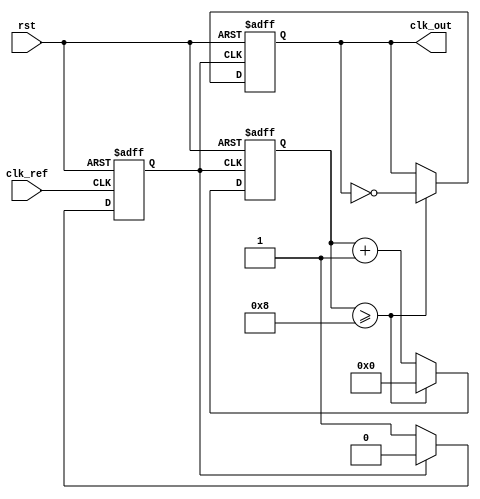
module fractional_PLL (
    input wire clk_ref,          // Reference clock
    input wire rst,              // Reset signal
    output reg clk_out           // Output clock
);

// Parameters
parameter DIVISION_FACTOR = 8; // Integer part of the division factor
parameter FRACTIONAL_PART = 0.25; // Fractional part of the division factor
parameter VCO_MAX_FREQ = 100;  // Maximum frequency of VCO
parameter VCO_MIN_FREQ = 10;   // Minimum frequency of VCO

// Internal signals
reg [3:0] phase_error;          // Phase error signal from PD
reg [7:0] control_voltage;      // Control voltage for VCO
reg [7:0] vco_freq;             // Current frequency of VCO
reg [7:0] feedback_divider;     // Feedback divider count
reg clk_vco;                    // VCO clock output

// Phase Detector (PD)
always @(posedge clk_ref or posedge rst) begin
    if (rst) begin
        phase_error <= 0;
    end else begin
        // Simple phase detection logic
        // This is a placeholder for actual phase detection logic
        phase_error <= (clk_ref == clk_vco) ? 0 : 1;
    end
end

// Loop Filter (LF)
always @(posedge clk_ref or posedge rst) begin
    if (rst) begin
        control_voltage <= 0;
    end else begin
        // Simple proportional control for loop filter
        control_voltage <= control_voltage + phase_error;
        // Clamp control voltage to VCO range
        if (control_voltage > VCO_MAX_FREQ) control_voltage <= VCO_MAX_FREQ;
        if (control_voltage < VCO_MIN_FREQ) control_voltage <= VCO_MIN_FREQ;
    end
end

// Voltage-Controlled Oscillator (VCO)
always @(posedge clk_ref or posedge rst) begin
    if (rst) begin
        vco_freq <= VCO_MIN_FREQ;
        clk_vco <= 0;
    end else begin
        // Update VCO frequency based on control voltage
        vco_freq <= control_voltage;
        // Generate VCO output clock
        clk_vco <= (clk_vco == 0) ? 1 : 0; // Simple toggle for demonstration
    end
end

// Fractional Divider
always @(posedge clk_vco or posedge rst) begin
    if (rst) begin
        feedback_divider <= 0;
        clk_out <= 0;
    end else begin
        // Increment feedback divider
        feedback_divider <= feedback_divider + 1;
        // Generate output clock based on fractional division
        if (feedback_divider >= DIVISION_FACTOR) begin
            clk_out <= ~clk_out; // Toggle output clock
            feedback_divider <= 0; // Reset divider
        end
    end
end

endmodule